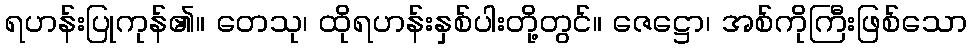
ရဟန်းပြုကုန်၏။ တေသု၊ ထိုရဟန်းနှစ်ပါးတို့တွင်။ ဇေဋ္ဌော၊ အစ်ကိုကြီးဖြစ်သော